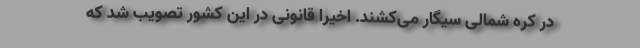
در کره شمالی سیگار می‌کشند. اخیرا قانونی در این کشور تصویب شد که